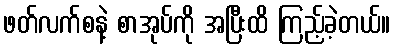
ဖတ်လက်စနဲ့ စာအုပ်ကို အပြီးထိ ကြည့်ခဲ့တယ်။